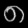
Digit: ၈